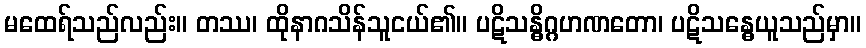
မထေရ်သည်လည်း။ တဿ၊ ထိုနာဂသိန်သူငယ်၏။ ပဋိသန္ဓိဂ္ဂဟဏတော၊ ပဋိသန္ဓေယူသည်မှာ။